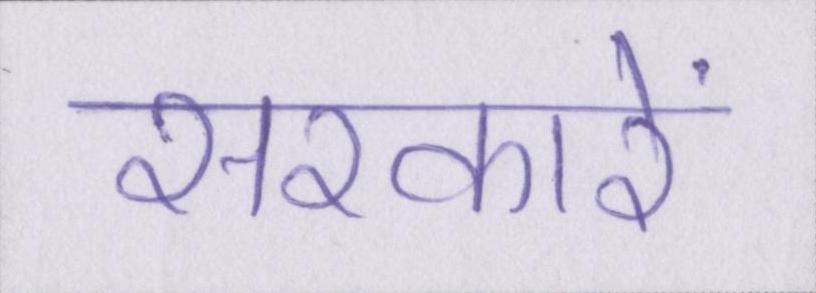
सरकारें